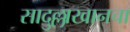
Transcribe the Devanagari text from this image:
सादुल्लाखानचा